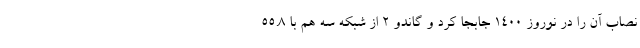
نصاب آن را در نوروز 1400 جابجا کرد و گاندو 2 از شبکه سه هم با 55.8